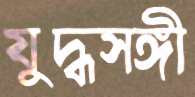
যুদ্ধসঙ্গী